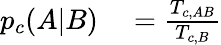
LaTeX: \begin{array}{rl}{p_{c}(A|B)}&{{}=\frac{T_{c,AB}}{T_{c,B}}}\end{array}